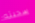
سحبته